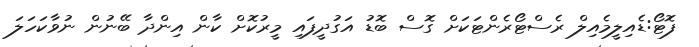
ފޮޓޯ:ޑެއިލީމެއިލް ރެސްޓޯރެންޓަކަށް ގޮސް ބޮޑު އަގުދީފައި މީރުކޮށް ކާން އިންދާ ބޭނުން ނުވާކަހަލަ